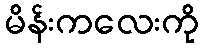
မိန်းကလေးကို